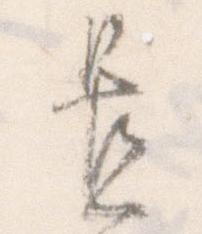
置